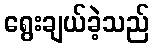
ရွေးချယ်ခဲ့သည်